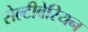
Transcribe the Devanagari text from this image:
सेल्टीबेरियन